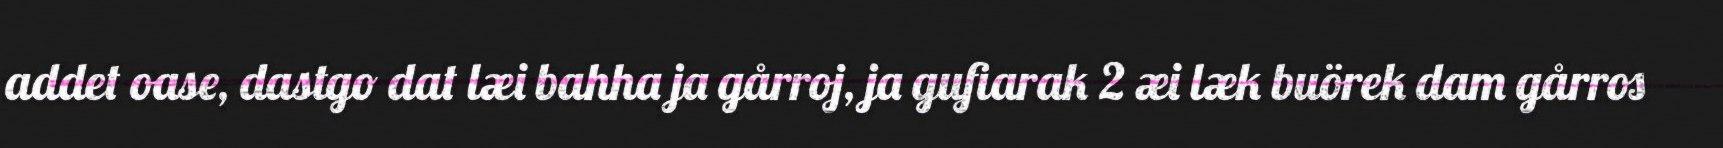
addet oase, dastgo dat læi bahha ja gårroj, ja gufiarak 2 æi læk buörek dam gårros